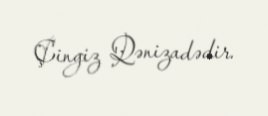
Çingiz Qənizadədir.